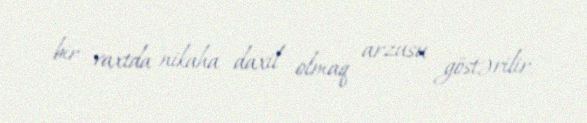
bir vaxtda nikaha daxil olmaq arzusu göstərilir.